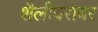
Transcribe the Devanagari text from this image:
शैलीबरोबर